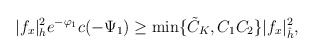
\begin{align*} |f_x|^2_h e^{-\varphi_1}c(-\Psi_1) \ge \min\{\tilde{C}_K,C_1C_2\}|f_x|^2_{\hat{h}}, \end{align*}